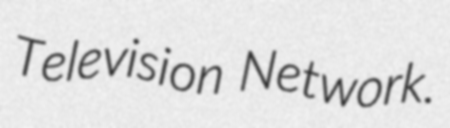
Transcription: Television Network.